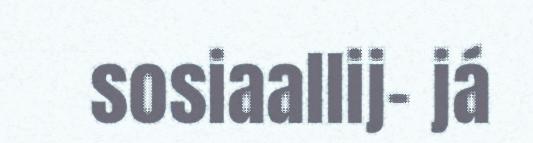
sosiaallij- já